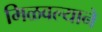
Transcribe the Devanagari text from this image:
मिळवल्याने